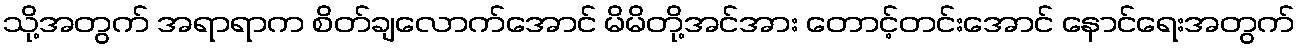
သို့အတွက် အရာရာက စိတ်ချလောက်အောင် မိမိတို့အင်အား တောင့်တင်းအောင် နောင်ရေးအတွက်